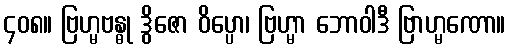
၄၀၈။ ဗြဟ္မဗန္ဓု ဒွိဇော ဝိပ္ပော၊ ဗြဟ္မာ ဘောဝါဒီ ဗြာဟ္မဏော။